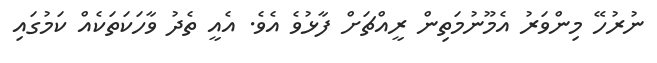
ނުރުހޭ މިންވަރު އެމޫނުމަތިން ރީއްޗަށް ފާޅުވެ އެވެ. އެއީ ތެދު ވާހަކަތަކެއް ކަމުގައި